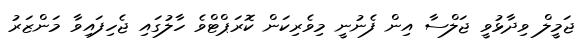
ޖަމީލް ވިދާޅުވީ ޖަލްސާ އިން ފެނުނީ މިވެރިކަން ކޮރަޕްޓްވެ ހާލުގައި ޖެހިފައިވާ މަންޒަރު